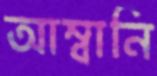
আম্বানি